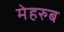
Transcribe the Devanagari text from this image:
मेहरुब